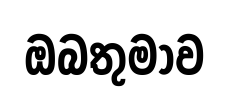
ඔබතුමාව